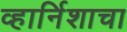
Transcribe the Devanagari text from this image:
व्हार्निशाचा